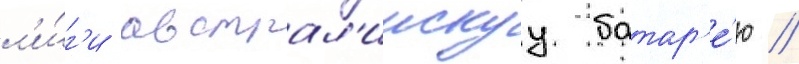
л'и́г'и австрал'иискуу батар'е́ю //